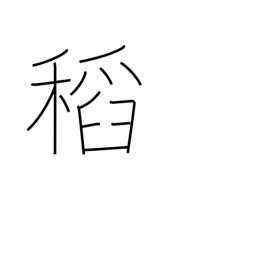
Meaning: rice plant